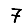
Digit: 7